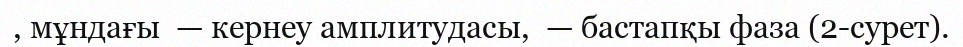
, мұндағы  — кернеу амплитудасы,  — бастапқы фаза (2-сурет).